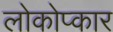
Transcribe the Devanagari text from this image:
लोकोप्कार